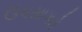
ઉપસાગરો